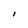
Character: I